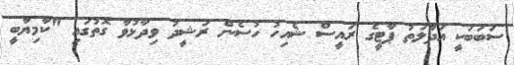
ސަބަބަކީ އަދާލަތު ޕާޓީގެ ރައީސް ޝެއިހު ހުސެން ރަޝީދު ވިދާޅުވާ ގޮތުގައި "ކާމިޔާބީ